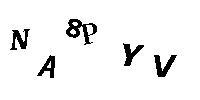
NA8PYV